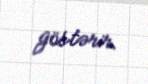
göstərir.